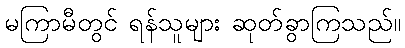
မကြာမီတွင် ရန်သူများ ဆုတ်ခွာကြသည်။